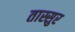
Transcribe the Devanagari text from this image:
तास्सुर